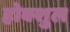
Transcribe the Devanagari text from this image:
होक्शुल